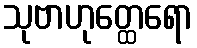
သုဗာဟုတ္ထေရော